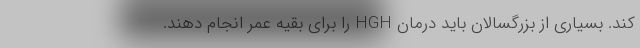
کند. بسیاری از بزرگسالان باید درمان HGH را برای بقیه عمر انجام دهند.